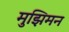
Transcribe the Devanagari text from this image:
मुझिमन